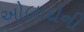
ઓલાદોની